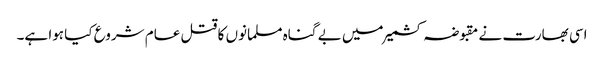
اسی بھارت نے مقبوضہ کشمیر میں بے گناہ مسلمانوں کا قتل عام شروع کیا ہوا ہے۔